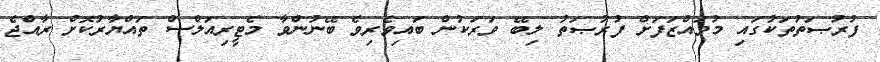
ފުރުޞަތުތަކުގައި މުވައްޒަފަށް ފުރުޞަތު ލިބޭ ވަރަކުން ބައިވެރިވެ ބޭނުންވާ މެޓީރިއަލްސް ތައްޔާރުކޮށް ރާއްޖެ